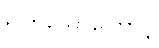
ရှိကြသောကြောင့်